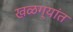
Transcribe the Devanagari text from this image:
खळग्यांत